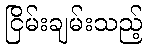
ငြိမ်းချမ်းသည့်